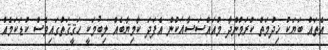
އެތައް ބަޔަކު ޚިދުމަތް ކުރަމުންދާ މުއައްސަސާއަކުން އެފަދަ ކާމިޔާބެއް ލިބުމަކީ ޙަޤީޤަތުގައިވެސް ކުޑަކަމެއް